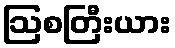
ဩစတြီးယား